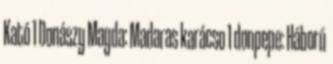
Kató 1 Donászy Magda: Madaras karácso 1 donpepe: Háború